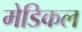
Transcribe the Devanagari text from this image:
मेडिकल